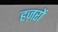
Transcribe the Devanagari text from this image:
हज़रों